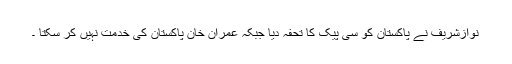
نوازشریف نے پاکستان کو سی پیک کا تحفہ دیا جبکہ عمران خان پاکستان کی خدمت نہیں کر سکتا ۔